Raikkula_vallavalitsus, lk 2
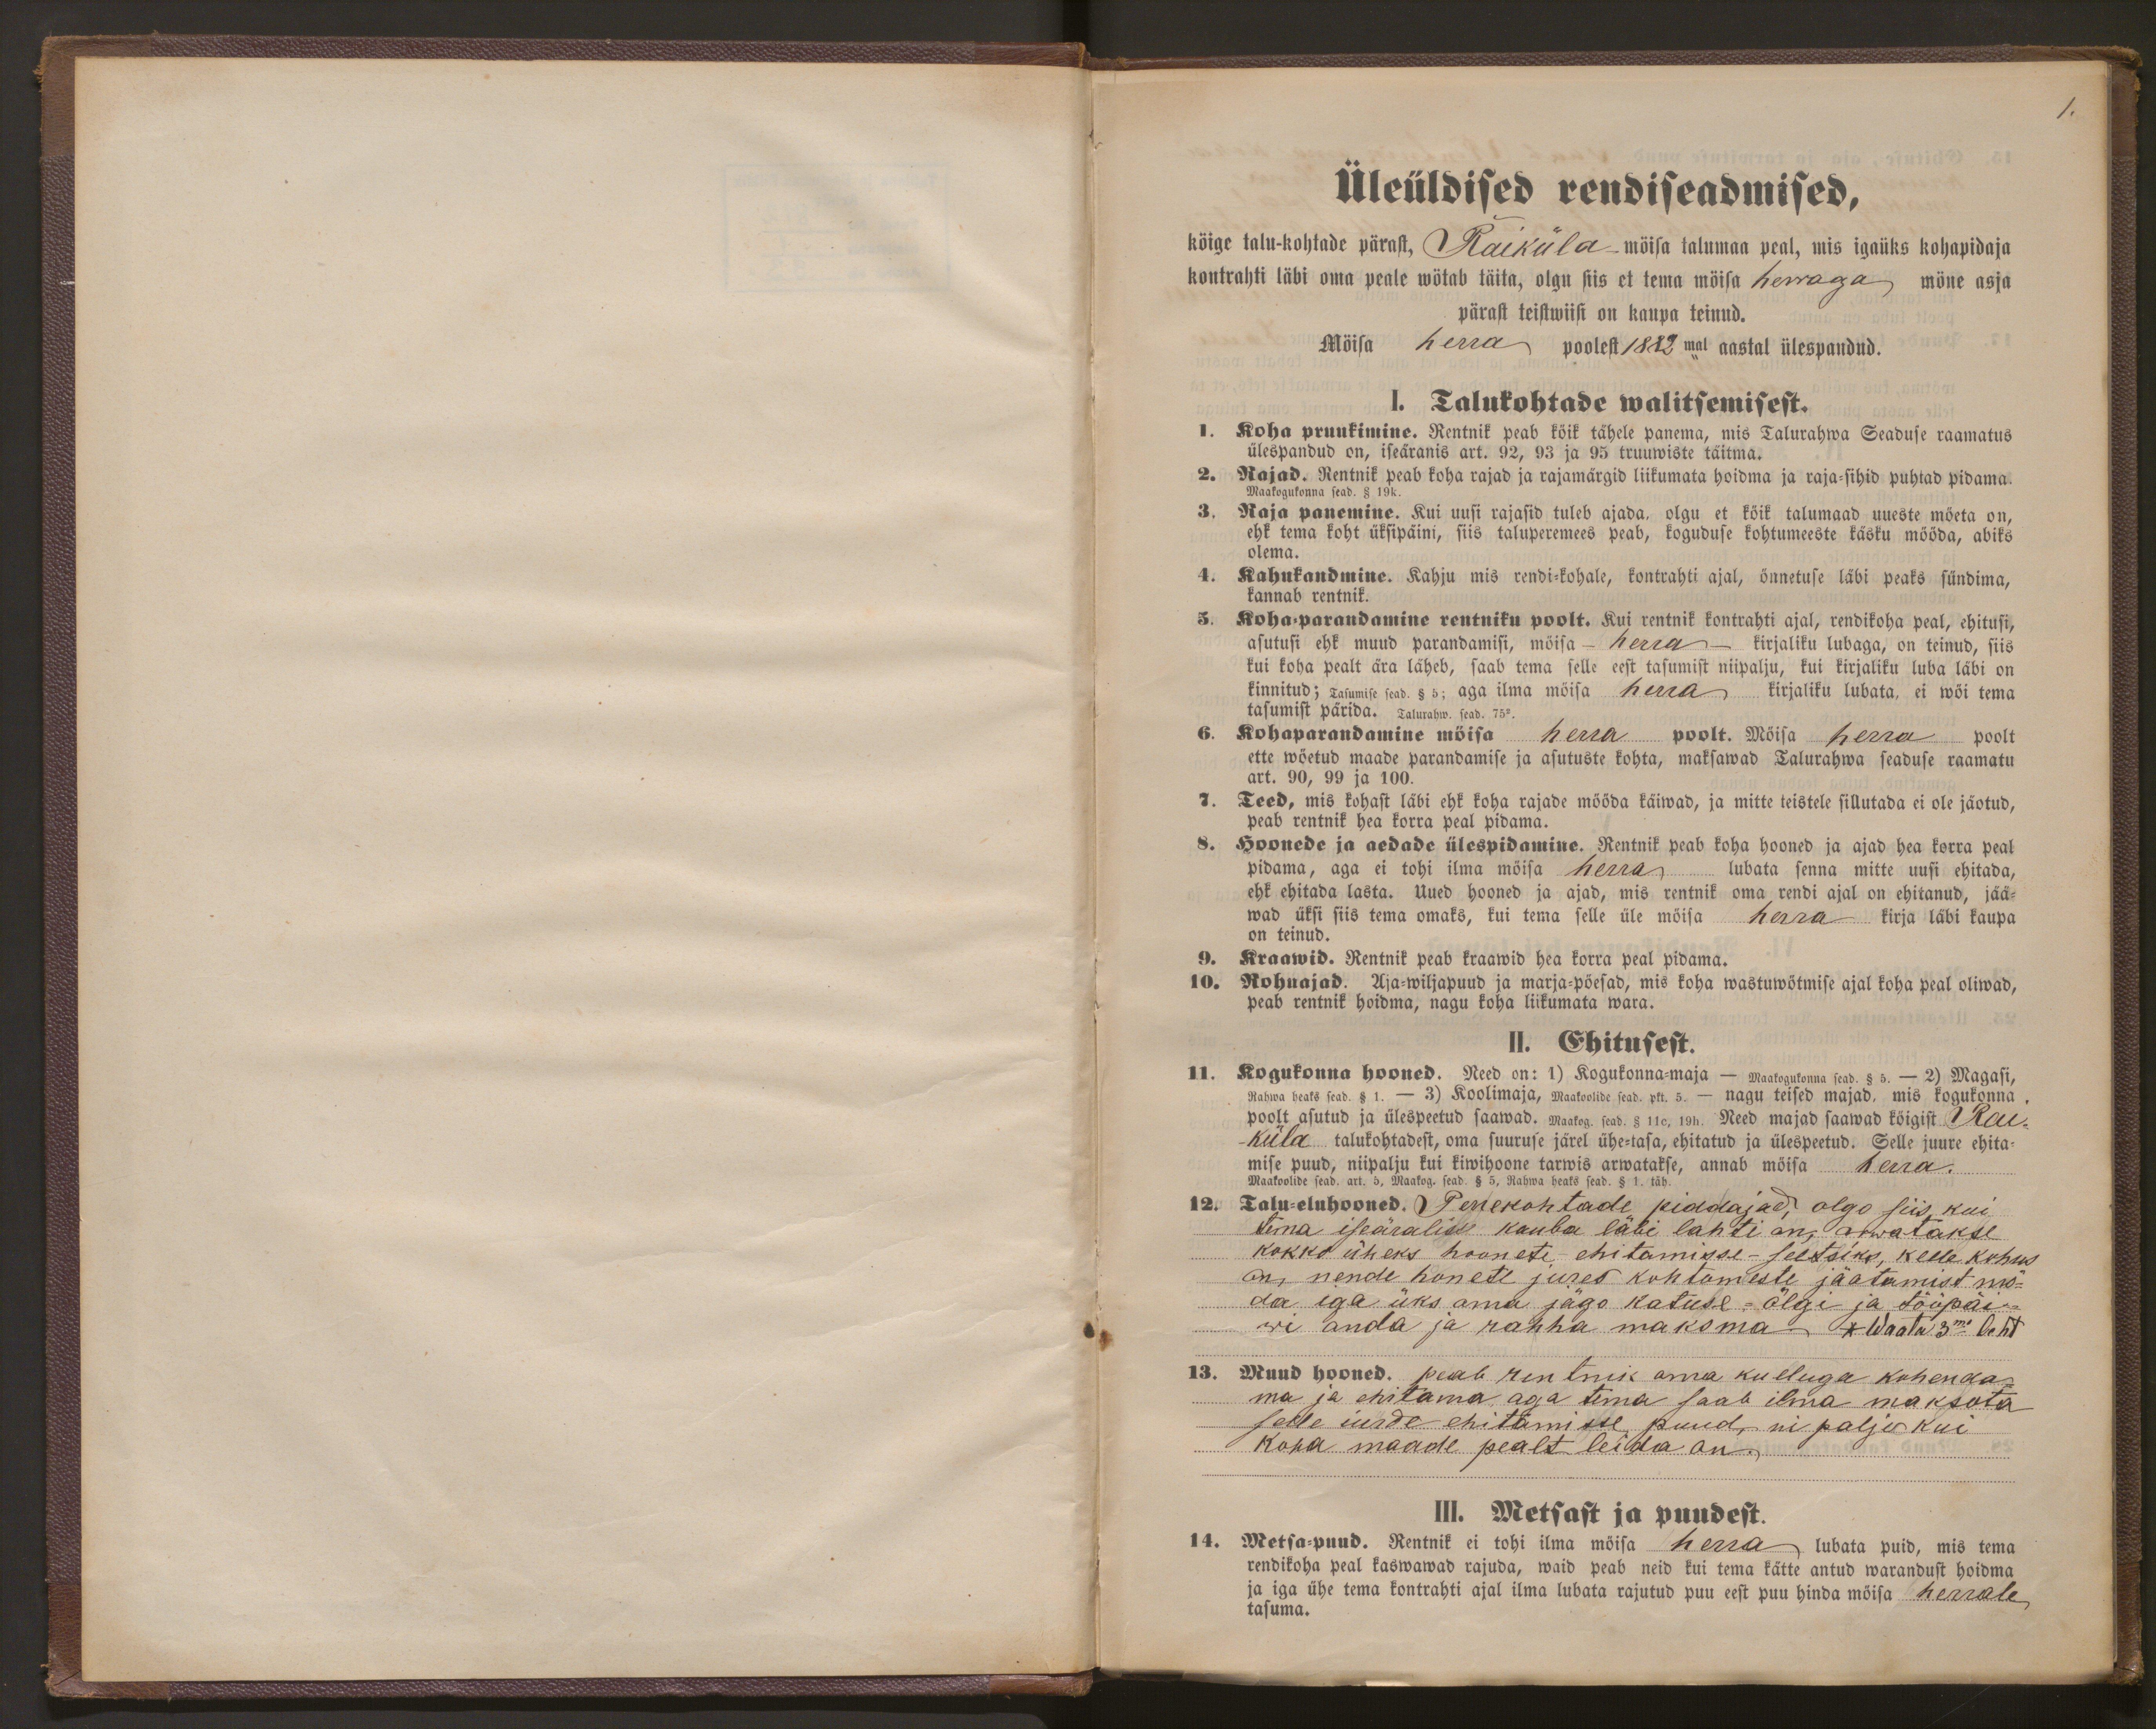
1.

Üleüldised rendiseadmised,
kõige talu-kohtade pärast, Raiküla möisa talumaa peal, mis igaüks kohapidaja
kontrakti läbi oma peale wötab täita, olgu siis et tema möisa herraga möne asja
pärast teistwiisi on kaupa teinud.
Möisa herra poolest 1882mal aastal ülespandud.
1. Talukohtade walitsemisest.
1. Koha pruukimine. Rentnik peab kõik tähele panema, mis Talurahwa Seaduse raamatus
ülespandud on, iseäranis art. 92, 93 ja 95 truuwiste täitma.
2. Rajad. Rentnik peab koha rajad ja rajamärgid liikumata hoidma ja raja-sihid puhtad pidama.
Maakogukonna sead. § 19
3. Raja panemine. Kui uusi rajasid tuleb ajada, olgu et kõik talumaad uueste möeta on,
ehk tema koht üksipäini, siis taluperemees peab, koguduse kohtumeeste käsku mööda, abiks
olema.
4. Rahukandmine. Kahju mis rendi-kohale, kontrakti ajal, õnnetuse läbi peaks sündima,
kannab rentnik.
5. Kohaparandamine rentniku poolt. Kui rentnik kontrakti ajal, rendikoha peal, ehitusi,
asutusi ehk muud parandamisi, mõisa - herra - kirjaliku lubaga, on teinud, siis
kui koha pealt ära läheb, saab tema selle eest tasumist niipalju, kui kirjaliku luba läbi on
kinnitud; Tasumise sead.§ 5; aga ilma möisa herra kirjaliku lubata, ei wõi tema
tasumist pärida. Talurahw. sead. 75 2.
6. Kohaparandamine mõisa herra poolt. Mõissa herra poolt
ette wõetud maade parandamise ja asutuste kohta, maksawad Talurahwa seaduse raamatu
art. 90, 99 ja 100.
7. Teed, mis kohast läbi ehk koha rajade mööda käiwad, ja mitte teistele sillutada ei ole jäotud,
peab rentnik hea korra peal pidama.
8. Hoonede ja aedade ülespidamine. Rentnik peab koha hooned ja ajad hea korra peal.
pidama, aga ei tohi ilma möisa herra, lubata senna mitte uusi ehitada,
ehk ehitada lasta. Uued hooned ja ajad, mis rentnik oma rendi ajal on ehitanud, jää-
wad üksi siis tema omaks, kui tema selle üle mõisa herra kirja läbi kaupa
on teinud.
9. Kraawid. Rentnik peab kraawid hea korra peal pidama.
10. Rohuajad. Aja-wiljapuud ja marja-pöesad, mis koha wastuwötmise ajal koha peal oliwad,
peab rentnik hoidma, nagu koha liikumata wara.
II. Ehitusest.
11. Kogukonna hooned. Need on: 1) Kogukonna-maja - maakogukonna sead. § 5. - 2) Magasi,
Rahwa heaks sead. § 1. 3) Koolimaja, maakoolide sead, pkt. 5. - nagu teised majad, mis kogukonna,
poolt asutud ja ülespeetud saawad. maakog. sead. § 11c. 19h. Need majad saavad kõigist. Rai-
-küla talukohtadest, oma suuruse järel ühe-tasa, ehitatud ja ülespeetud. Selle juure ehita-
mise puud, niipalju kui kiwihoone tarwis arwatakse, annab mõisa herra.
Maakoolide sead. art. 5, Maakog. sead. § 5, Rahwa heaks sead. § 1. täh.
12. Talu-eluhooned. Perekohtade piddajad, olgo siis kui
tema iseäralise kauba läbi lahti on, arwatakse
kokko üheks hoonete ehitamisse-seltsiks, kelle kohus
on, nende honete jures kohtumeste jäotamist mö-
da iga üks oma jägo katuse - ölgi ja tööpäi-
wi anda ja rahha maksma - * Waata 3ma leht
13. Muud hooned peab rentnik oma kuluga kohenda-
ma ja ehitama aga tema saab ilma maksuta
selle iurde ehitamisse puud, ni palju kui
koha maade pealt leida on.
III. Metsast ja puudest.
14. Metsa-puud. Rentnik ei tohi ilma möisa herra lubata puid, mis tema
rendikoha peal kaswawad rajuda, waid peab neid kui tema kätte antud warandust hoidma
ja iga ühe tema kontrakti ajal ilma lubata rajutud puu eest puu hinda mõisa herrale
tasuma.